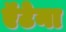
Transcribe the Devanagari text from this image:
ऍंटेना